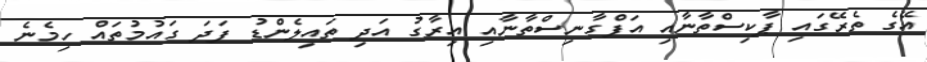
އޭގެ ތެރޭގައި ޕާކިސްތާނާއި އަފްގާނިސްތާނާއި އިރާގު އަދި ތައިލެންޑު ފަދަ ގައުމުތައް ހިމެނެ